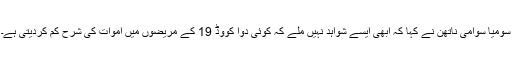
سومیا سوامی ناتھن نے کہا کہ ابھی ایسے شواہد نہیں ملے کہ کوئی دوا کووڈ 19 کے مریضوں میں اموات کی شرح کم کردیتی ہے۔